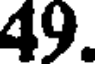
49.